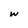
Character: w